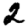
Digit: 2